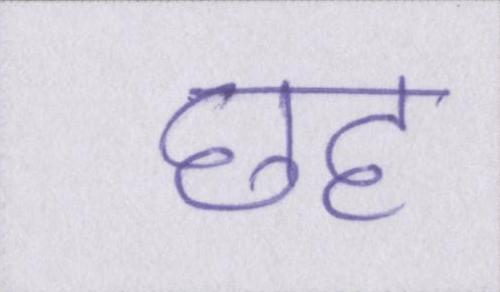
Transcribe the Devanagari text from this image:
छह